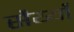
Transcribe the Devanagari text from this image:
सैय्याँ